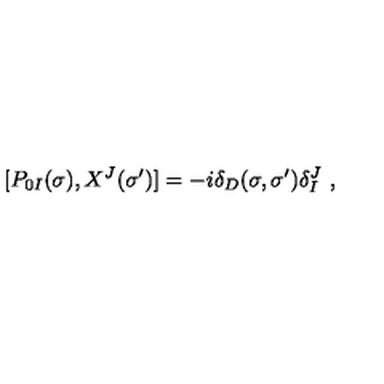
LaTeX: [ P _ { 0 I } ( \sigma ) , X ^ { J } ( \sigma ^ { \prime } ) ] = - i \delta _ { D } ( \sigma , \sigma ^ { \prime } ) \delta _ { I } ^ { J } \ ,